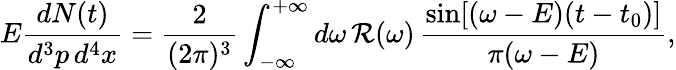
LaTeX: E\frac{dN(t)}{d^{3}p\, d^{4}x}=\frac{2}{(2\pi)^{3}}\int_{-\infty}^{+\infty}d\omega\, {\cal R}(\omega)\, \frac{\sin[(\omega-E)(t-t_{0})]}{\pi(\omega-E)},